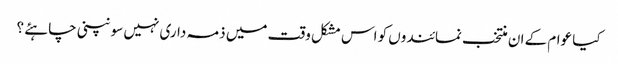
کیا عوام کے ان منتخب نمائندوں کو اس مشکل وقت میں ذمہ داری نہیں سونپنی چاہئے ؟